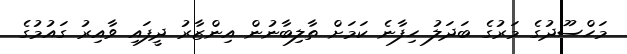
މަހްސޫދުގެ މަރުގެ ބަދަލު ހިފާނެ ކަމަށް ތާލިބާނުން އިންޒާރު ދީފައި ވާއިރު ގައުމުގެ